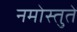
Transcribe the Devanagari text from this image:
नमोस्तुते